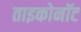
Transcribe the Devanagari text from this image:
ताइकोनॉट